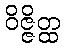
ဝိဇ္ဇိတ္ထ